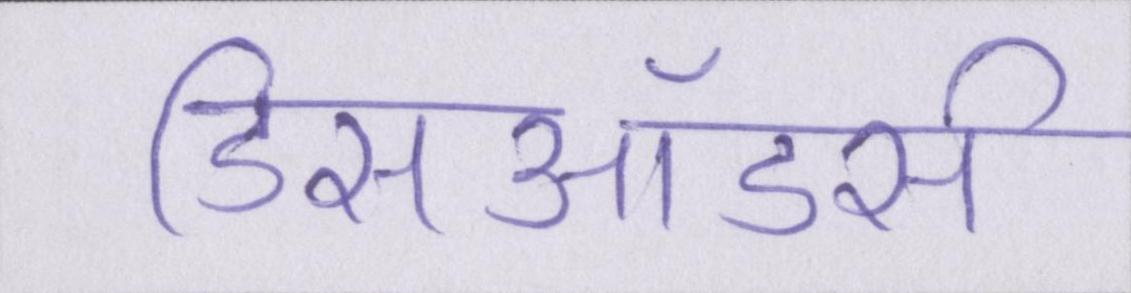
डिसऑडर्स